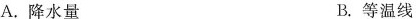
A.降水量 B.等温线